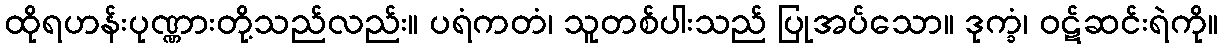
ထိုရဟန်းပုဏ္ဏားတို့သည်လည်း။ ပရံကတံ၊ သူတစ်ပါးသည် ပြုအပ်သော။ ဒုက္ခံ၊ ဝဋ်ဆင်းရဲကို။